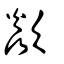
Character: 歘